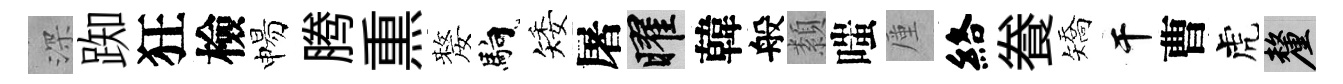
深踟狂檢惕腾𤋱嫠馿矮屠曜韓般纇嗤厪絡飬矯干曹虎厘